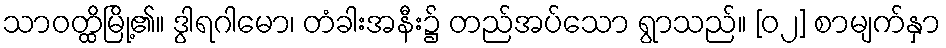
သာဝတ္ထိမြို့၏။ ဒွါရဂါမော၊ တံခါးအနီး၌ တည်အပ်သော ရွာသည်။ [၀၂] စာမျက်နှာ